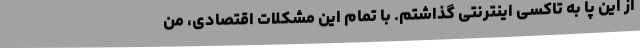
از این پا به تاکسی اینترنتی گذاشتم. با تمام این مشکلات اقتصادی، من